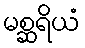
မစ္ဆရိယံ